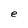
Character: e